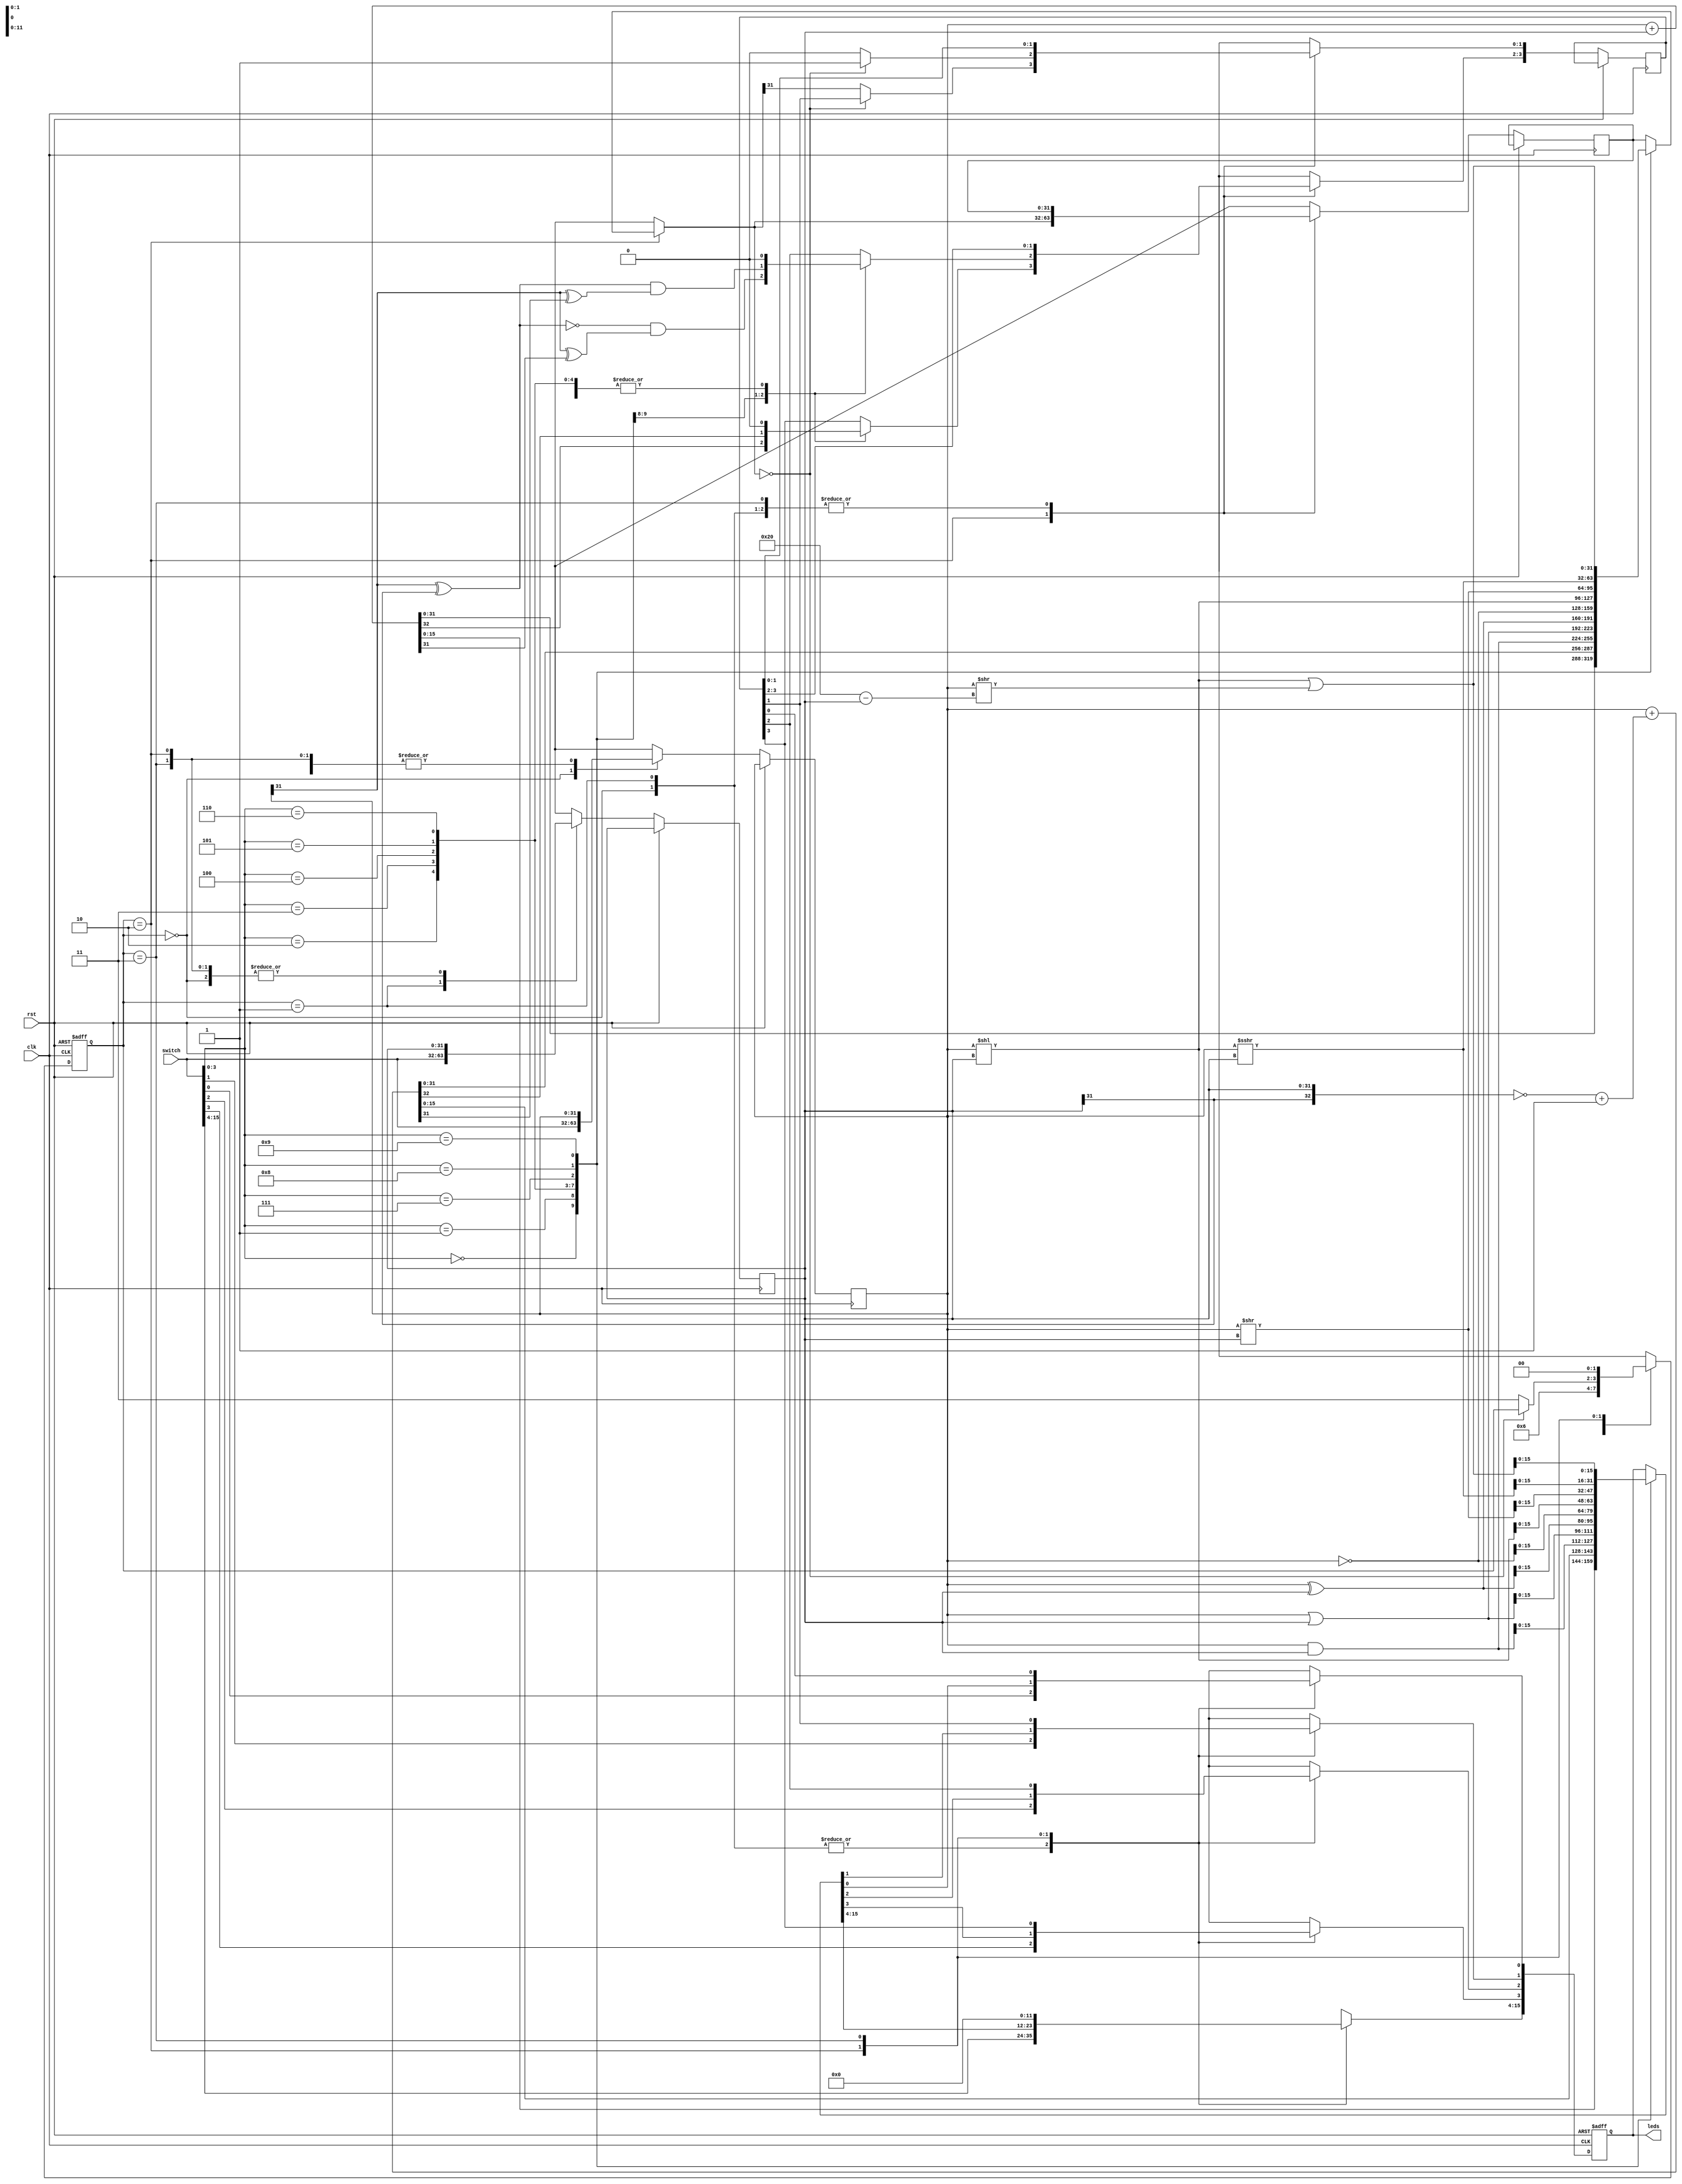
module alu(leds, switch, clk, rst);
input[31:0] switch;
input clk;
input rst;
output reg[15:0] leds;

parameter ADD=4'b0000;
parameter SUB=4'b0001;
parameter AND=4'b0010;
parameter OR=4'b0011;
parameter XOR=4'b0100;
parameter NOT=4'b0101;
parameter SLL=4'b0110;
parameter SRL=4'b0111;
parameter SRA=4'b1000;
parameter ROL=4'b1001;
reg[3:0] sf;
reg[31:0] adder;
reg[31:0] sub_adder;
reg[31:0] answer;
reg[32:0] expand;
integer base;

parameter[3:0] LOAD_ADDER=2'b00,
               LOAD_SUBADDER=2'b01,
               COMPUTE=2'b10,
               SIGNFLAG=2'b11;
reg[1:0] state_machine=2'b00;

always@(posedge clk or posedge rst)
begin
    if(rst == 1'b1)
    begin
       leds = 32'h0;
       state_machine = LOAD_ADDER;
    end
    else
        begin
            case (state_machine)
                LOAD_ADDER: 
                    begin
                    adder = switch; 
                    state_machine = LOAD_SUBADDER;
                    leds = switch[15:0];
                    end
                LOAD_SUBADDER:
                    begin
                    sub_adder = switch; 
                    state_machine = COMPUTE;
                    leds = switch[15:0];
                    end
                COMPUTE: begin
                    case (switch[3:0])
                    ADD: 
                    begin
                    expand = {0, adder} + {0, sub_adder};
                    answer = expand[31:0];
                    leds = expand[15:0];
                    sf[3] = expand[32];
                    sf[2] = ~(adder[31] ^ sub_adder[31]) & (adder[31] ^ expand[31]);
                    end
                    SUB:
                    begin
                    expand = {0, adder} + (~{sub_adder[31], sub_adder} + 1);
                    answer = expand[31:0];
                    leds = expand[15:0];
                    sf[3] = expand[32];
                    sf[2] = (adder[31] ^ sub_adder[31]) & (adder[31] ^ expand[31]);
                    end
                    AND:
                    begin
                    answer = adder & sub_adder;
                    leds = answer[15:0];
                    sf[3] = 1'b0;
                    sf[2] = 1'b0;
                    end
                    OR:
                    begin
                    answer = adder | sub_adder;
                    leds = answer[15:0];
                    sf[3] = 1'b0;
                    sf[2] = 1'b0;
                    end
                    XOR:
                    begin
                    answer = adder ^ sub_adder;
                    leds = answer[15:0];
                    sf[3] = 1'b0;
                    sf[2] = 1'b0;
                    end
                    NOT:
                    begin
                    answer = ~adder;
                    leds = answer[15:0];
                    sf[3] = 1'b0;
                    sf[2] = 1'b0;
                    end
                    SLL:
                    begin
                    answer = adder << sub_adder;
                    leds = answer[15:0];
                    sf[3] = 1'b0;
                    sf[2] = 1'b0;
                    end
                    SRL:
                    begin
                    answer = adder >> sub_adder;
                    leds = answer[15:0];
                    sf[3] = 1'b0;
                    sf[2] = 1'b0;
                    end
                    SRA:
                    begin
                    base = adder;
                    answer = base >>> sub_adder;   
                    leds = answer[15:0];
                    sf[3] = 1'b0;
                    sf[2] = 1'b0;
                    end
                    ROL:
                    begin
                    answer = (adder << sub_adder)|(adder >> (32 - sub_adder));
                    leds = answer[15:0];
                    sf[3] = 1'b0;
                    sf[2] = 1'b0;
                    end
                    default: ;
                    endcase
                    if(answer == 32'h0) 
                        sf[0] = 1'b1;
                    else
                    begin
                        sf[0] = 1'b0;
                        sf[1] = answer[31];
                        state_machine = SIGNFLAG;
                    end
                   end
                SIGNFLAG:
                begin
                    leds = 32'h0;
                    leds[3] = sf[3];
                    leds[2] = sf[2];
                    leds[1] = sf[1];
                    leds[0] = sf[0];
                    state_machine = LOAD_ADDER;
                end
            endcase
          end
    end
endmodule